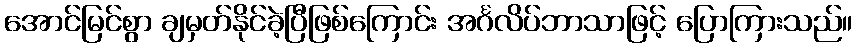
အောင်မြင်စွာ ချမှတ်နိုင်ခဲ့ပြီဖြစ်ကြောင်း အင်္ဂလိပ်ဘာသာဖြင့် ပြောကြားသည်။